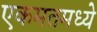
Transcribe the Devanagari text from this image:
एकमतमध्ये